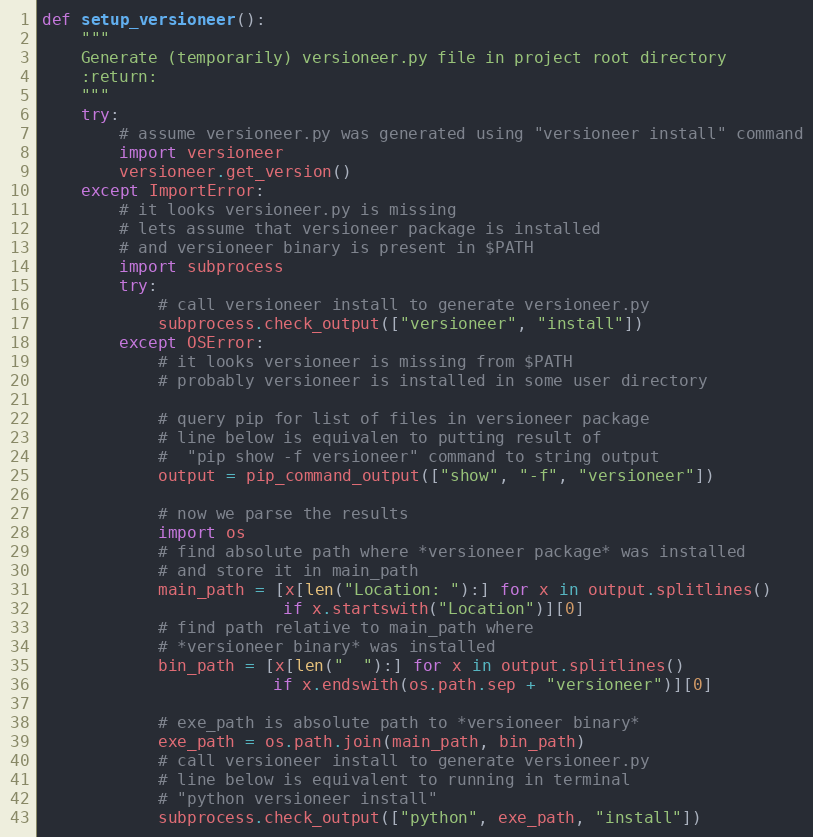
Language: Python
def setup_versioneer():
    """
    Generate (temporarily) versioneer.py file in project root directory
    :return:
    """
    try:
        # assume versioneer.py was generated using "versioneer install" command
        import versioneer
        versioneer.get_version()
    except ImportError:
        # it looks versioneer.py is missing
        # lets assume that versioneer package is installed
        # and versioneer binary is present in $PATH
        import subprocess
        try:
            # call versioneer install to generate versioneer.py
            subprocess.check_output(["versioneer", "install"])
        except OSError:
            # it looks versioneer is missing from $PATH
            # probably versioneer is installed in some user directory

            # query pip for list of files in versioneer package
            # line below is equivalen to putting result of
            #  "pip show -f versioneer" command to string output
            output = pip_command_output(["show", "-f", "versioneer"])

            # now we parse the results
            import os
            # find absolute path where *versioneer package* was installed
            # and store it in main_path
            main_path = [x[len("Location: "):] for x in output.splitlines()
                         if x.startswith("Location")][0]
            # find path relative to main_path where
            # *versioneer binary* was installed
            bin_path = [x[len("  "):] for x in output.splitlines()
                        if x.endswith(os.path.sep + "versioneer")][0]

            # exe_path is absolute path to *versioneer binary*
            exe_path = os.path.join(main_path, bin_path)
            # call versioneer install to generate versioneer.py
            # line below is equivalent to running in terminal
            # "python versioneer install"
            subprocess.check_output(["python", exe_path, "install"])